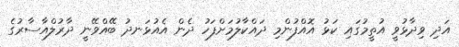
އަދި ވިދާޅުވީ އުތީމުގައި ކަޅު އޮއްފުންމި ދައްކާލުމަށްފަހު ދެން އެއުޅަނދު ބޭއްވޭނީ ދާރުލްއާސާރުގެ